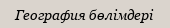
География бөлімдері